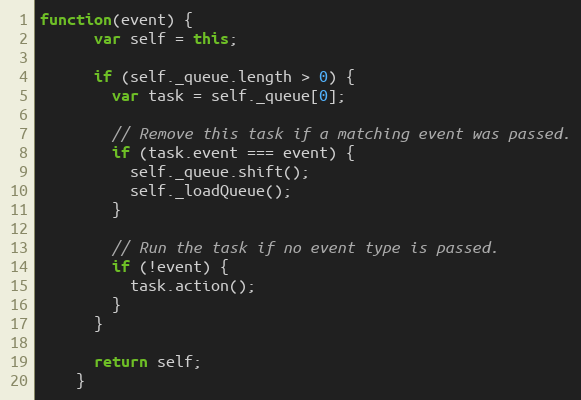
Language: JavaScript
function(event) {
      var self = this;

      if (self._queue.length > 0) {
        var task = self._queue[0];

        // Remove this task if a matching event was passed.
        if (task.event === event) {
          self._queue.shift();
          self._loadQueue();
        }

        // Run the task if no event type is passed.
        if (!event) {
          task.action();
        }
      }

      return self;
    }